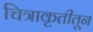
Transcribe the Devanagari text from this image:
चित्राकृतीतून